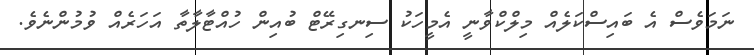
ނަމަވެސް އެ ބައިސްކަލެއް މިލްކްވާނީ އެމީހަކު ސިނގިރޭޓް ބުއިން ހުއްޓާލާތާ އަހަރެއް ވުމުންނެވެ.